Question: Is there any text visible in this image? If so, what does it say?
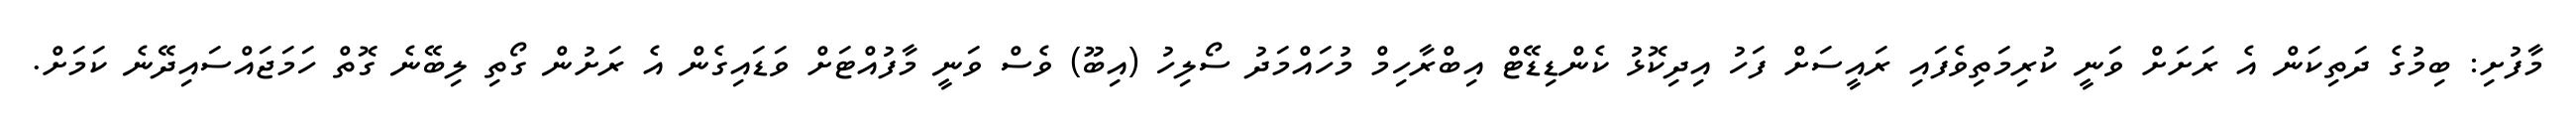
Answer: މާފުށި: ބިމުގެ ދަތިކަން އެ ރަށަށް ވަނީ ކުރިމަތިވެފައި ރައީސަށް ފަހު އިދިކޮޅު ކެންޑިޑޭޓް އިބްރާހިމް މުހައްމަދު ސޯލިހު (އިބޫ) ވެސް ވަނީ މާފުއްޓަށް ވަޑައިގެން އެ ރަށުން ގޯތި ލިބޭނެ ގޮތް ހަމަޖައްސައިދޭނެ ކަމަށް.